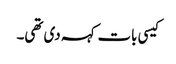
کیسی بات کہہ دی تھی۔